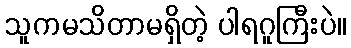
သူကမသိတာမရှိတဲ့ ပါရဂူကြီးပဲ။